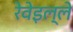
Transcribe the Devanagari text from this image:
रेवेइल्ले